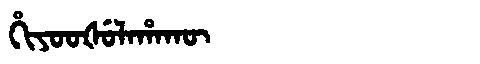
Manchu: ᡥᡳᠶᠣᠣᡧᡠᠯᠠᡥᠠᡴᡡ
Romanization: HIYOOŠULAHAKŪ